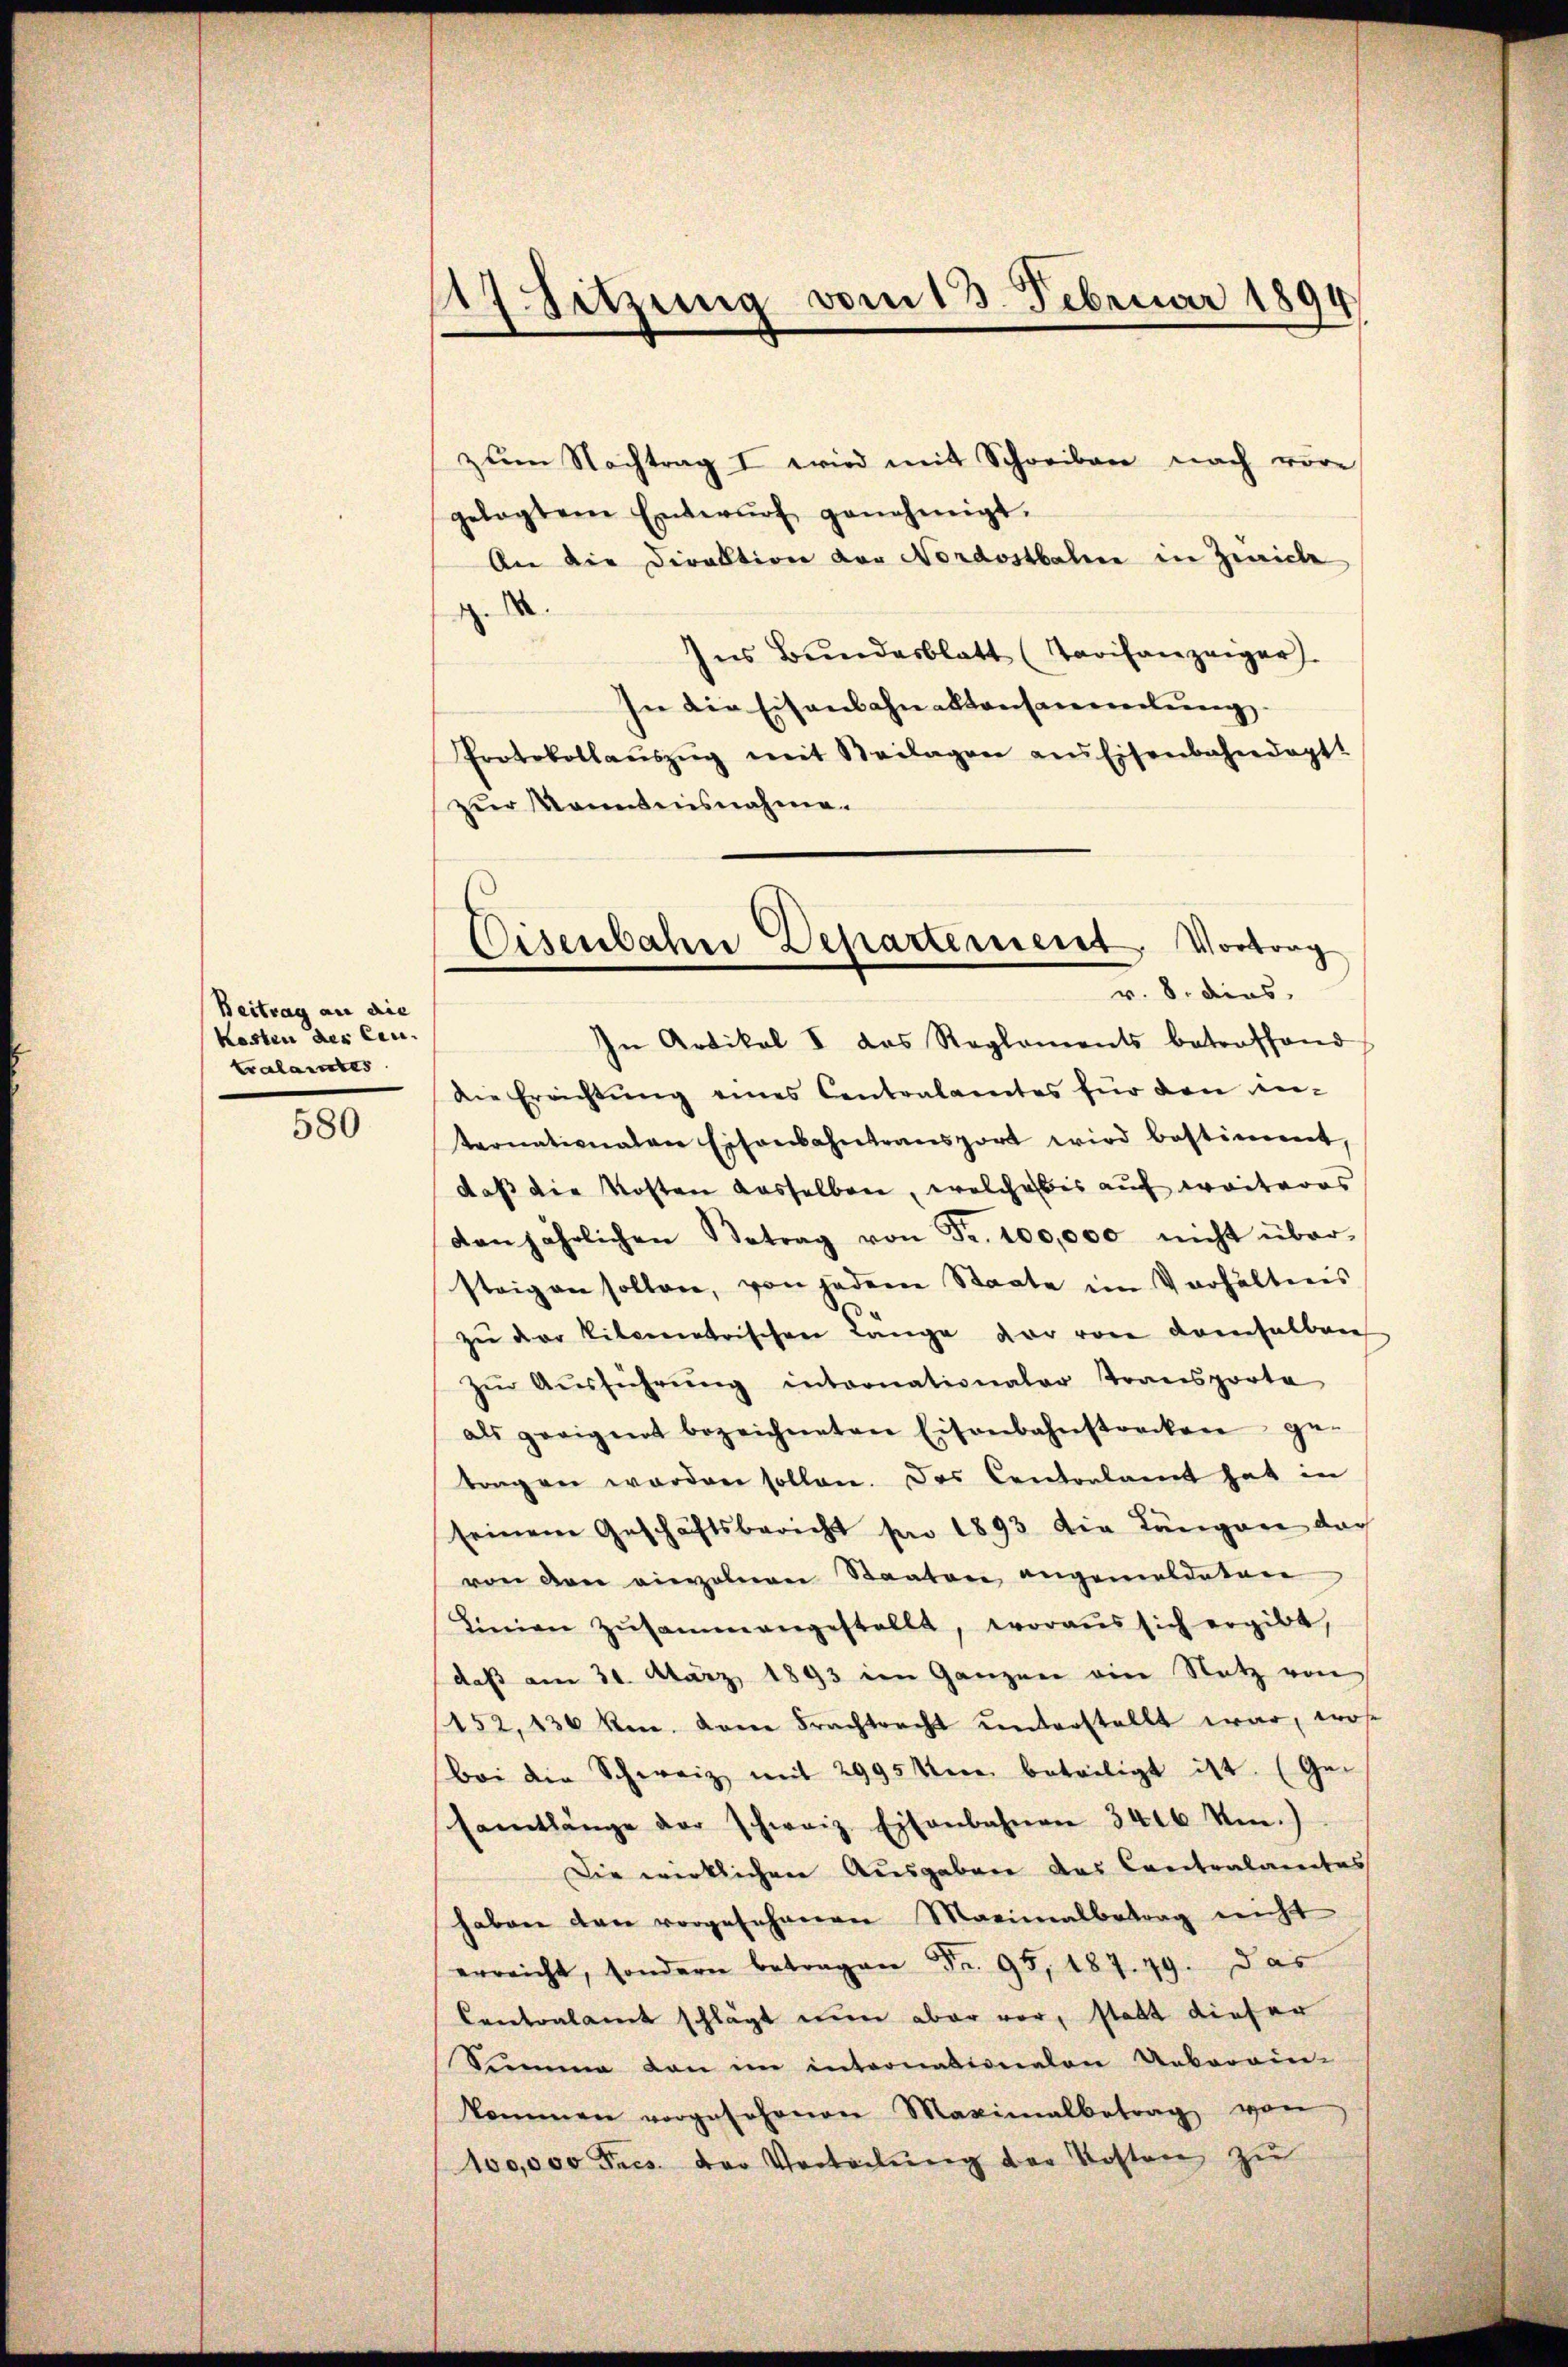
Beitrag an die
kosten des Centralamtes

580

zŭm Nachtrag I wird mit Schreiben nach vore
gelegtem Entwŭrf genehmigt.
An die Direktion der Nordostbahn in Zürich
d
Ins Bundesblatt (Tarifanzeiger
In die Eisenbahnaktansammlung
Protokollaŭszŭg mit Beilagen ans Eisenbahndapt
zur Kenntnisnahme.

17 setzung vom 13. Februar 1894

Eisenbahne Departement. Vortrag
v. 8. dies

In Artikel I das Reglements betroffend
Die Errichtung eines Centralamtes für den in-
ternationalen Eisenbahntransport wird bestimmt,
daß die Kosten dasselben, welche bis auf weiteres
den jährlichen Betrag von Fr. 100,000 nicht über-
steigen sollen, von jedem Staate im Verhältnis
zu der Pilsenatrischen Lange vor von demselben
zŭr Aŭsführŭng internationaler Transporte
als geeignet bezeichneten Eisenbahnstrecken ge-
tangen worden sollen. Das Cantonlamt hat in
seinem Geschäftsbericht per 1893 die Längere dar
von den vierzelnen Staaten angemeldeten
Linien zŭsamm angestellt, woraus sich ergibt,
daβ am 31. März 1893 im Ganzen ain Netz von
152,130 ken. Dane Frachtracht unterstellt war, wose
Bei der Schweiz mit 2995 kern beteiligt ist. (Ge-
samtlänge der schweiz. Eisenbahnen 3406 Um.)
Die wirklichen Ausgaben des Contralamtes
haben den vorgesehenen Maximalbetrag nicht
erreicht, sondern betragen Fr. 95, 187. 49. Das
Contralamt schlägt mir aber vor, statt dieser
Simme dan im internationalen Ueberein-
kommen vorgesehenen Maximalbetrag von
100,000 Frs. der Verteilŭng der Kosten zu